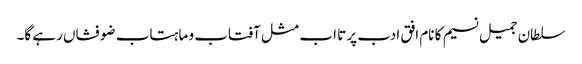
سلطان جمیل نسیم کا نام افق ادب پر تا اب مثل آفتاب و ماہتاب ضو فشاں رہے گا۔